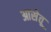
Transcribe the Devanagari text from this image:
आसेतू